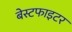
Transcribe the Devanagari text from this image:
बेस्टफाइटर